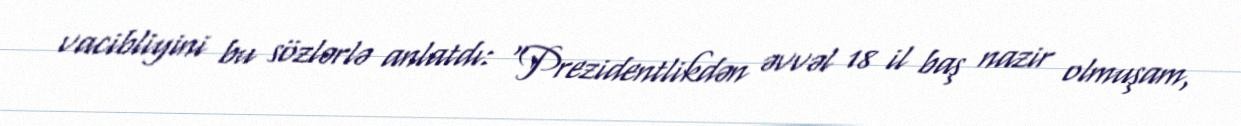
vacibliyini bu sözlərlə anlatdı: “Prezidentlikdən əvvəl 18 il baş nazir olmuşam,